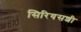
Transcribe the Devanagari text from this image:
सिरियसशी